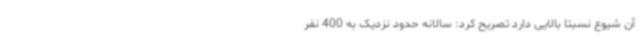
آن شیوع نسبتاً بالایی دارد تصریح کرد: سالانه حدود نزدیک به 400 نفر